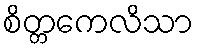
စိတ္တကေလိသာ